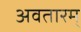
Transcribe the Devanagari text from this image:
अवतारम्